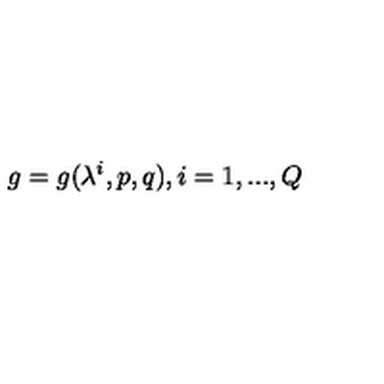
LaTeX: g = g ( \lambda ^ { i } , p , q ) , i = 1 , . . . , Q